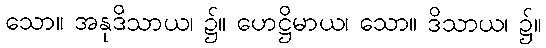
သော။ အနုဒိသာယ၊ ၌။ ဟေဋ္ဌိမာယ၊ သော။ ဒိသာယ၊ ၌။